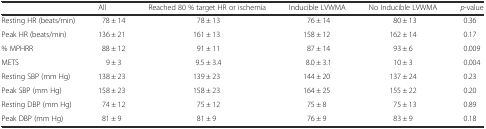
<table><thead><tr><td></td><td><b>All</b></td><td><b>Reached 80 % target HR or ischemia</b></td><td><b>Inducible LVWMA</b></td><td><b>No Inducible LVWMA</b></td><td><b><i>p</i>-value</b></td></tr></thead><tbody><tr><td>Resting HR (beats/min)</td><td>78 ± 14</td><td>78 ± 13</td><td>76 ± 14</td><td>80 ± 13</td><td>0.36</td></tr><tr><td>Peak HR (beats/min)</td><td>136 ± 21</td><td>161 ± 13</td><td>158 ± 12</td><td>162 ± 14</td><td>0.17</td></tr><tr><td>% MPHRR</td><td>88 ± 12</td><td>91 ± 11</td><td>87 ± 14</td><td>93 ± 6</td><td>0.009</td></tr><tr><td>METS</td><td>9 ± 3</td><td>9.5 ± 3.4</td><td>8.0 ± 3.1</td><td>10 ± 3</td><td>0.004</td></tr><tr><td>Resting SBP (mm Hg)</td><td>138 ± 23</td><td>139 ± 23</td><td>144 ± 20</td><td>137 ± 24</td><td>0.23</td></tr><tr><td>Peak SBP (mm Hg)</td><td>158 ± 23</td><td>158 ± 23</td><td>164 ± 25</td><td>155 ± 22</td><td>0.20</td></tr><tr><td>Resting DBP (mm Hg)</td><td>74 ± 12</td><td>75 ± 12</td><td>75 ± 8</td><td>75 ± 13</td><td>0.89</td></tr><tr><td>Peak DBP (mm Hg)</td><td>81 ± 9</td><td>81 ± 9</td><td>76 ± 9</td><td>83 ± 9</td><td>0.18</td></tr></tbody></table>